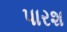
પારશ